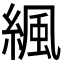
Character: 𦂱